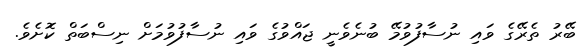
ބޭރު ތެރޭގެ ވައި ނުސާފުވުމޭ ބުނެވެނީ ޖައްވުގެ ވައި ނުސާފުވުމަށް ނިސްބަތް ކޮށެވެ.